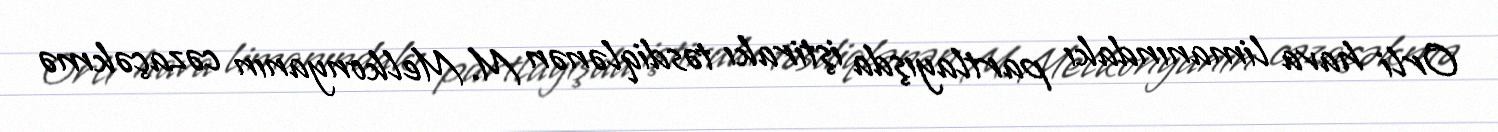
Orli hava limanındakı partlayışda iştirakı təsdiqlənən M. Melkonyanın cəzaçəkmə